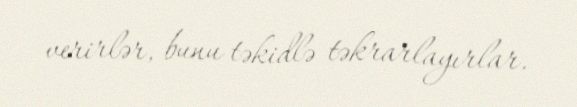
verirlər, bunu təkidlə təkrarlayırlar.